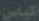
اكياس